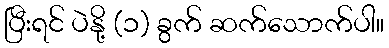
ပြီးရင် ပဲနို့ (၁) ခွက် ဆက်သောက်ပါ။